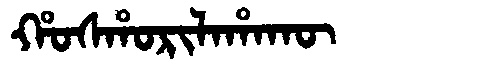
Manchu: ᡥᠣᠰᡥᠣᡵᡳᠯᠠᡥᠠᡴᡡ
Romanization: HOSHORILAHAKŪ